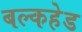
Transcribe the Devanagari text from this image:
बल्‍कहेड